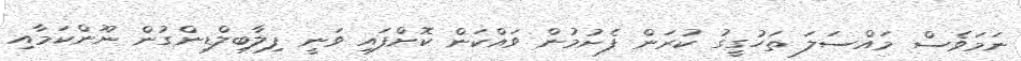
ނަމަވެސް މައްސަލަ ތަހުގީގު ކުރަން ފެށުމުން ވައްކަން ކޮށްފައި ވަނީ ފިލާބިލްޑިންގުން ނޫންކަމާއި